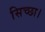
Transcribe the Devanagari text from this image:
सिच्‍छा।